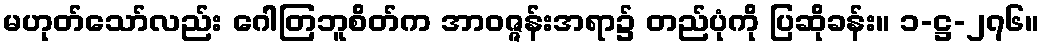
မဟုတ်သော်လည်း ဂေါတြဘူစိတ်က အာဝဇ္ဇန်းအရာ၌ တည်ပုံကို ပြဆိုခန်း။ ၁-ဋ္ဌ-၂၇၆။